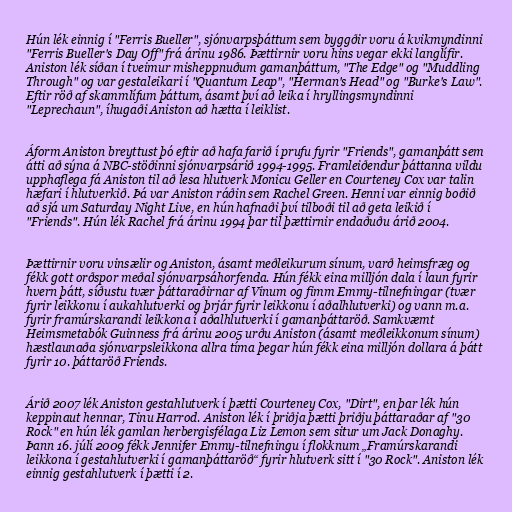
Hún lék einnig í "Ferris Bueller", sjónvarpsþáttum sem byggðir voru á kvikmyndinni
"Ferris Bueller's Day Off" frá árinu 1986. Þættirnir voru hins vegar ekki langlífir.
Aniston lék síðan í tveimur misheppnuðum gamanþáttum, "The Edge" og "Muddling
Through" og var gestaleikari í "Quantum Leap", "Herman's Head" og "Burke's Law".
Eftir röð af skammlífum þáttum, ásamt því að leika í hryllingsmyndinni
"Leprechaun", íhugaði Aniston að hætta í leiklist.

Áform Aniston breyttust þó eftir að hafa farið í prufu fyrir "Friends", gamanþátt sem
átti að sýna á NBC-stöðinni sjónvarpsárið 1994-1995. Framleiðendur þáttanna vildu
upphaflega fá Aniston til að lesa hlutverk Monicu Geller en Courteney Cox var talin
hæfari í hlutverkið. Þá var Aniston ráðin sem Rachel Green. Henni var einnig boðið
að sjá um Saturday Night Live, en hún hafnaði því tilboði til að geta leikið í
"Friends". Hún lék Rachel frá árinu 1994 þar til þættirnir endaðuðu árið 2004.

Þættirnir voru vinsælir og Aniston, ásamt meðleikurum sínum, varð heimsfræg og
fékk gott orðspor meðal sjónvarpsáhorfenda. Hún fékk eina milljón dala í laun fyrir
hvern þátt, síðustu tvær þáttaraðirnar af Vinum og fimm Emmy-tilnefningar (tvær
fyrir leikkonu í aukahlutverki og þrjár fyrir leikkonu í aðalhlutverki) og vann m.a.
fyrir framúrskarandi leikkona í aðalhlutverki í gamanþáttaröð. Samkvæmt
Heimsmetabók Guinness frá árinu 2005 urðu Aniston (ásamt meðleikkonum sínum)
hæstlaunaða sjónvarpsleikkona allra tíma þegar hún fékk eina milljón dollara á þátt
fyrir 10. þáttaröð Friends.

Árið 2007 lék Aniston gestahlutverk í þætti Courteney Cox, "Dirt", en þar lék hún
keppinaut hennar, Tinu Harrod. Aniston lék í þriðja þætti þriðju þáttaraðar af "30
Rock" en hún lék gamlan herbergisfélaga Liz Lemon sem situr um Jack Donaghy.
Þann 16. júlí 2009 fékk Jennifer Emmy-tilnefningu í flokknum „Framúrskarandi
leikkona í gestahlutverki í gamanþáttaröð“ fyrir hlutverk sitt í "30 Rock". Aniston lék
einnig gestahlutverk í þætti í 2.